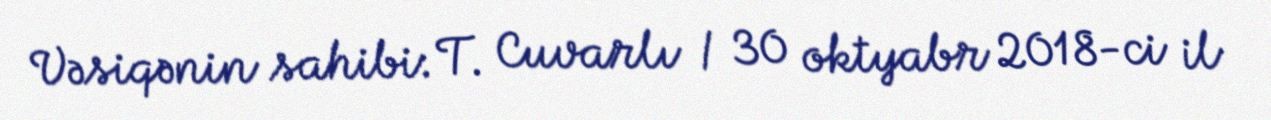
Vəsiqənin sahibi: T. Cuvarlı / 30 oktyabr 2018-ci il